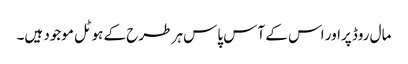
مال روڈ پراور اس کے آس پاس ہر طرح کے ہوٹل موجود ہیں۔